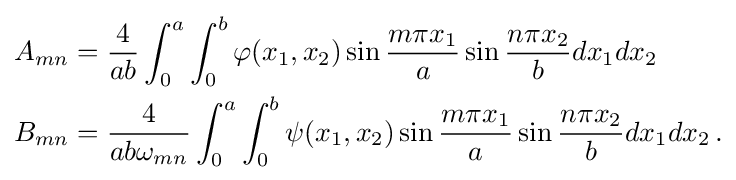
{\begin{aligned}A_{mn}&={\frac {4}{ab}}\int _{0}^{a}\int _{0}^{b}\varphi (x_{1},x_{2})\sin {\frac {m\pi x_{1}}{a}}\sin {\frac {n\pi x_{2}}{b}}dx_{1}dx_{2}\\B_{mn}&={\frac {4}{ab\omega _{mn}}}\int _{0}^{a}\int _{0}^{b}\psi (x_{1},x_{2})\sin {\frac {m\pi x_{1}}{a}}\sin {\frac {n\pi x_{2}}{b}}dx_{1}dx_{2}\,.\end{aligned}}